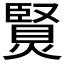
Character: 𤏿